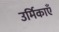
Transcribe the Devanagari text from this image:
उर्मिकाएँ